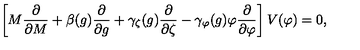
\left[ M { \frac { \partial } { \partial M } } + \beta ( g ) { \frac { \partial } { \partial g } } + \gamma _ { \zeta } ( g ) { \frac { \partial } { \partial \zeta } } - \gamma _ { \varphi } ( g ) \varphi { \frac { \partial } { \partial \varphi } } \right] V ( \varphi ) = 0 ,